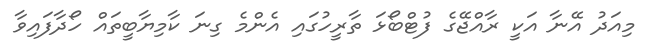
މިއަދު އޭނާ އަކީ ރާއްޖޭގެ ފުޓްބޯޅަ ތާރީހުގައި އެންމެ ގިނަ ކާމިޔާބީތައް ހޯދާފައިވާ